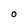
Character: O